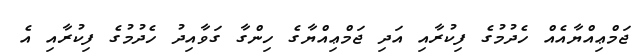
ޖަމްޢިއްޔާއެއް ހެދުމުގެ ފިކުރާއި އަދި ޖަމްޢިއްޔާގެ ހިންގާ ގަވާއިދު ހެދުމުގެ ފިކުރާއި އެ